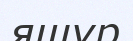
ящур